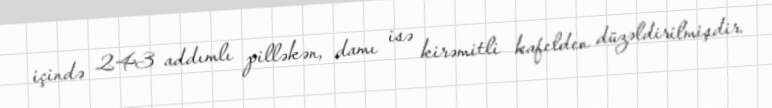
içində 243 addımlı pilləkən, damı isə kirəmitli kafelden düzəldirilmişdir.